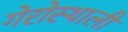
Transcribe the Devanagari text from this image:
गेरोस्थाली